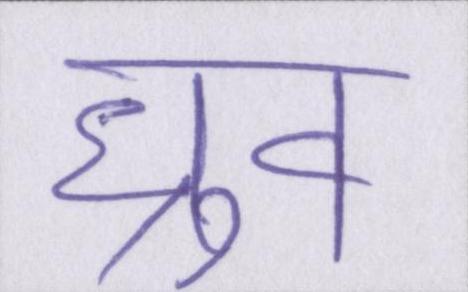
ध्रुव